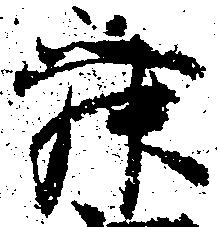
舜